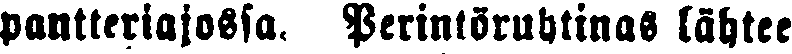
pantteriajossa. Perintöruhtinas lähtee